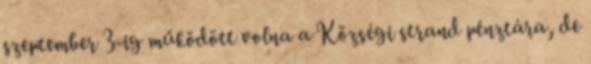
szeptember 3-ig működött volna a Községi strand pénztára, de